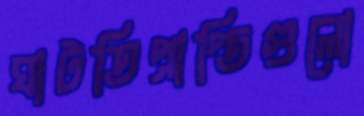
ঘাটতিপ্রাপ্তিগুলো